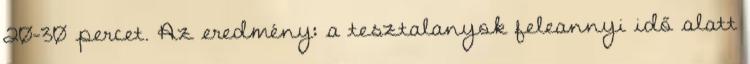
20-30 percet. Az eredmény: a tesztalanyok feleannyi idő alatt